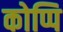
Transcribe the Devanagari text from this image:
कोप्पि